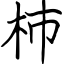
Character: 杮